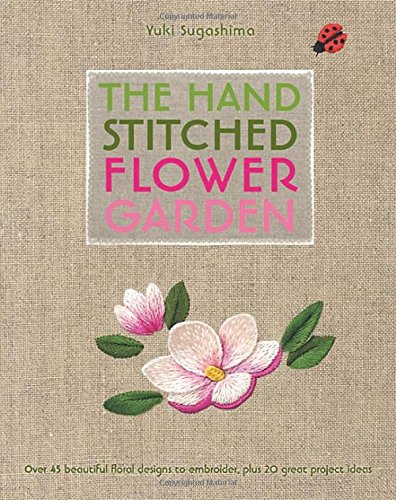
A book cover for The Hand-Stitched Flower Garden: 40 Beautiful Floral Designs to Embroider, Plus 20 Great Project Ideas; Yuki Sugashima; Crafts, Hobbies & Home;